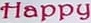
Happy